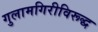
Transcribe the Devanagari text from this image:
गुलामगिरीविरूद्ध